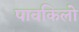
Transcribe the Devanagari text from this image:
पावकिलो